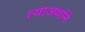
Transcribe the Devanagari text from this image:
त्याअर्थाने